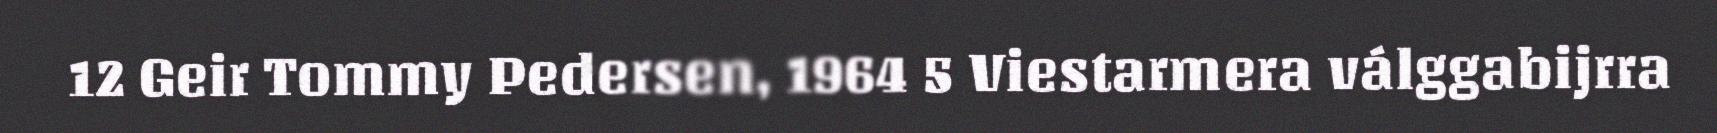
12 Geir Tommy Pedersen, 1964 5 Viestarmera válggabijrra